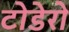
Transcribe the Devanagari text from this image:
टोडेरो